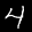
Label: 4